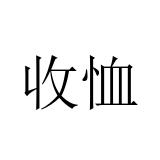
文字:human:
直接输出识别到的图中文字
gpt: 收恤